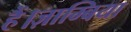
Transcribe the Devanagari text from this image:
हैं।ज़ाम्बिया